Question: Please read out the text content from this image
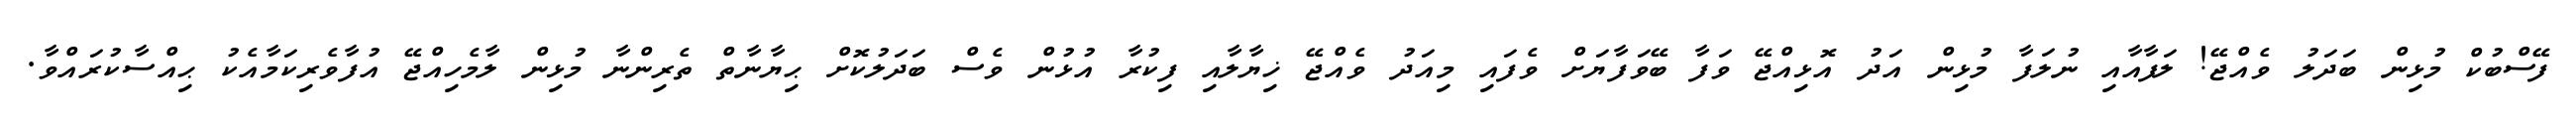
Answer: ފޭސްބުކް މުޅިން ބަދަލު ވެއްޖޭ! ލަފާއާއި ނުލަފާ މުޅިން އަދު އޮޅިއްޖޭ ވަފާ ބޭވަފާޔަށް ވެފައި މިއަދު ވެއްޖޭ ޚިޔާލާއި ފިކުރާ އުޅުން ވެސް ބަދަލުކޮށް ޙިޔާނާތް ތެރިންނާ މުޅިން ލާމެހިއްޖޭ އުފާވެރިކަމާއެކު ޙިއްސާކުރައްވާ.